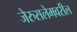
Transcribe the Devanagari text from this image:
जेरुसलेमवरील